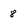
Character: 8